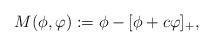
LaTeX: \begin{align*} M(\phi, \varphi) := \phi - [\phi + c\varphi ]_+,\end{align*}